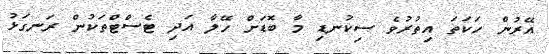
އޭރުން ހަކަތަ އިތުރުވެ ސިކުނޑި މާ ބޮޑަށް ހޭލާ އަދި ޓެސްޓްތަކުން ރަނގަޅު